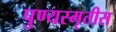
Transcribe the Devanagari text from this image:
पुण्यस्मृतीस